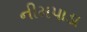
નીમપાડા